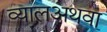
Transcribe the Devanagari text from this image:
व्यालअथवा